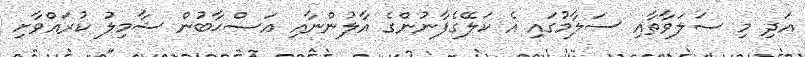
އަދި މި ޞަލަވާތާއި ސަލާމުގައި އެ ކަލޭގެފާނުންގެ އާލުންނާއި އަޞްޙާބުން ޝާމިލު ކުރައްވާށި